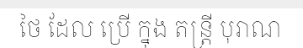
ថៃ ដែល ប្រើ ក្នុង តន្ត្រី បុរាណ